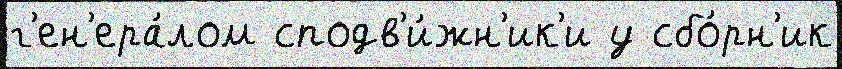
г'ен'ера́лом сподв'и́жн'ик'и у сбо́рн'ик